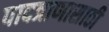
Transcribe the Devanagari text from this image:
पादत्राणासाठी